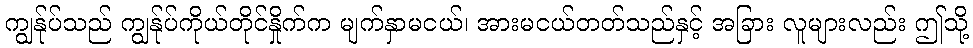
ကျွန်ုပ်သည် ကျွန်ုပ်ကိုယ်တိုင်နှိုက်က မျက်နှာမငယ်၊ အားမငယ်တတ်သည်နှင့် အခြား လူများလည်း ဤသို့